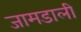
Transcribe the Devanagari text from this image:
जामडाली